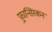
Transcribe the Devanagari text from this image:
फ़्रान्सिस्कन